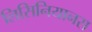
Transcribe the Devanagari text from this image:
लिसिनियानस